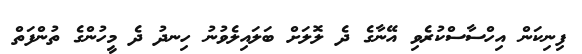
ފިނިކަން އިހްސާސްކުރެވި އޭނާގެ ދެ ލޮލަށް ބަލައިލެވުނު ހިނދު ދެ މީހުންގެ ތުންފަތް